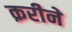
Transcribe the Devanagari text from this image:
क़रीने